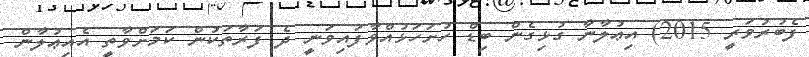
ފެބުރުވަރީ 2015) އިޢުލާނާ ގުޅިގެން ބިޑް ހުށަހަޅުއްވާފައިވަނީ ދެ ފަރާތަކުން ކަމަށްވާތީ އެއިޢުލާން